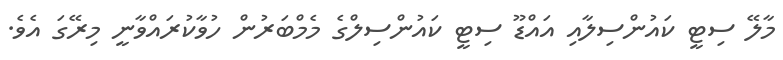
މާލޭ ސިޓީ ކައުންސިލާއި އައްޑޫ ސިޓީ ކައުންސިލްގެ މެމްބަރުން ހުވާކުރައްވާނީ މިރޭގަ އެވެ.